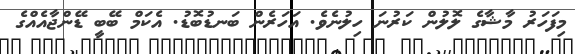
މިފަހަރު މާޝާގެ ލޮލުން ކަރުނަ ހިލުނެވެ. އަހަރެން ބަނޑުބޮޑު. އެކަމް ބޭބީ ޑޭންޖާއެއްގެ